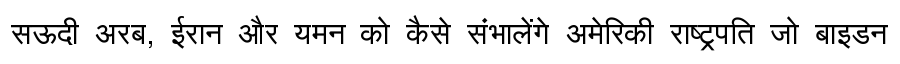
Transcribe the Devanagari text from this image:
सऊदी अरब, ईरान और यमन को कैसे संभालेंगे अमेरिकी राष्ट्रपति जो बाइडन